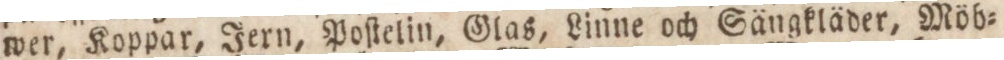
wer, Koppar, Jern, Poſtelin, Glas, Linne och Sängkläder, Möb=